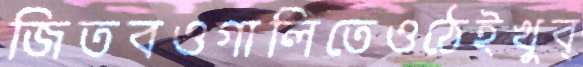
জিতবওগালিতেওঠেইখুব্‌